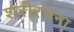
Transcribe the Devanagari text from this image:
शरीरचना